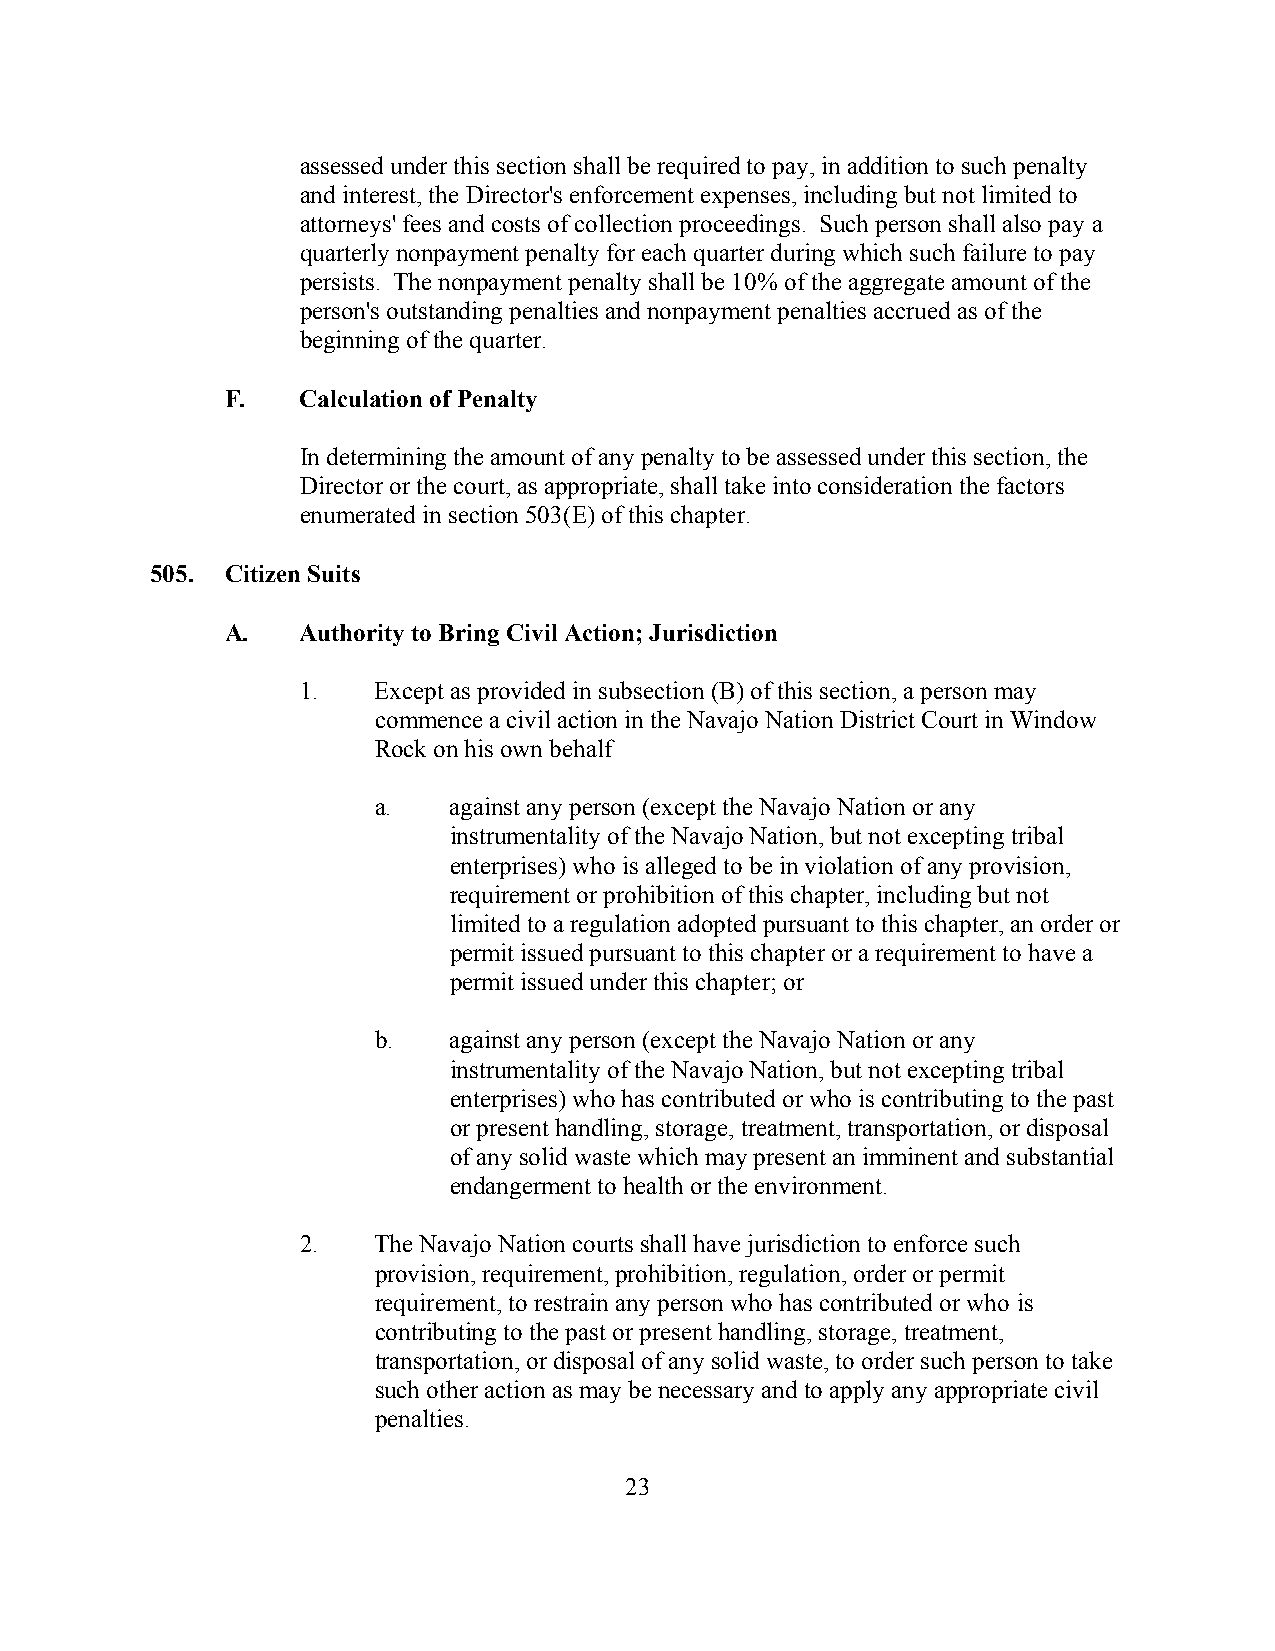
assessed under this section shall be required to pay, in addition to such penalty
 and interest, the Director's enforcement expenses, including but not limited to
 attorneys' fees and costs of collection proceedings. Such person shall also pay a
 quarterly nonpayment penalty for each quarter during which such failure to pay
 persists. The nonpayment penalty shall be 10% of the aggregate amount of the
 person's outstanding penalties and nonpayment penalties accrued as of the
 beginning of the quarter.
 F.   Calculation of Penalty
 In determining the amount of any penalty to be assessed under this section, the
 Director or the court, as appropriate, shall take into consideration the factors
 enumerated in section 503(E) of this chapter.
 505. Citizen Suits
 A.   Authority to Bring Civil Action; Jurisdiction
 1.   Except as provided in subsection (B) of this section, a person may
 commence a civil action in the Navajo Nation District Court in Window
 Rock on his own behalf
 a.   against any person (except the Navajo Nation or any
 instrumentality of the Navajo Nation, but not excepting tribal
 enterprises) who is alleged to be in violation of any provision,
 requirement or prohibition of this chapter, including but not
 limited to a regulation adopted pursuant to this chapter, an order or
 permit issued pursuant to this chapter or a requirement to have a
 permit issued under this chapter; or
 b.   against any person (except the Navajo Nation or any
 instrumentality of the Navajo Nation, but not excepting tribal
 enterprises) who has contributed or who is contributing to the past
 or present handling, storage, treatment, transportation, or disposal
 of any solid waste which may present an imminent and substantial
 endangerment to health or the environment.
 2.   The Navajo Nation courts shall have jurisdiction to enforce such
 provision, requirement, prohibition, regulation, order or permit
 requirement, to restrain any person who has contributed or who is
 contributing to the past or present handling, storage, treatment,
 transportation, or disposal of any solid waste, to order such person to take
 such other action as may be necessary and to apply any appropriate civil
 penalties.
 23